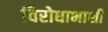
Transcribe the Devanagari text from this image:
विरोधाभाशी